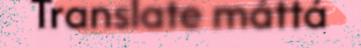
Translate máttá